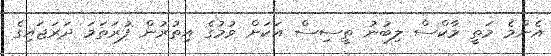
އެންމެ މަތީ މާކްސް ލިބުނު ތީސިސް އަކަށް ވުމުގެ އިތުރުން ފުރަތަމަ ދަރަޖައިގެ